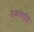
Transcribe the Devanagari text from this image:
डकारादि